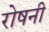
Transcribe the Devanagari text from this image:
रोषनी